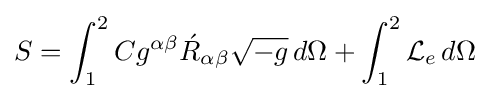
S=\int _{1}^{2}Cg^{\alpha \beta }{\acute {R}}_{\alpha \beta }{\sqrt {-g}}\,d\Omega +\int _{1}^{2}{\mathcal {L}}_{e}\,d\Omega